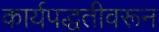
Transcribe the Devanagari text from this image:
कार्यपद्धतीवरून